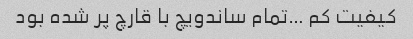
کیفیت کم …تمام ساندویچ با قارچ پر شده بود